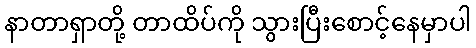
နာတာရှာတို့ တာထိပ်ကို သွားပြီးစောင့်နေမှာပါ